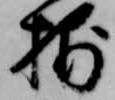
捕